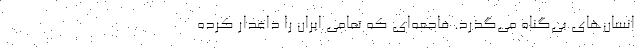
انسان‌های بی‌گناه می‌گذرد. فاجعه‌ای که تمامی ایران را داغدار کرده